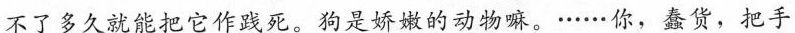
不了多久就能把它作践死。狗是娇嫩的动物嘛。······你，蠢货，把手